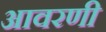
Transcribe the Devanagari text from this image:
आवरणी